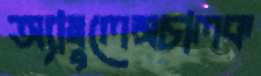
অ্যাম্বুলেন্সচালক